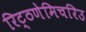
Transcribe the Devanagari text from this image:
रिट्ठणेमिचरिउ